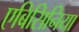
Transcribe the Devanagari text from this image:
एबिसिनिया